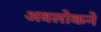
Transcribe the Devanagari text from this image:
अवलोकने